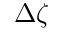
\Delta \zeta